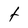
Character: t